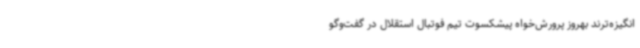
انگیزه‌ترند بهروز پرورش‌خواه پیشکسوت تیم فوتبال استقلال در گفت‌وگو